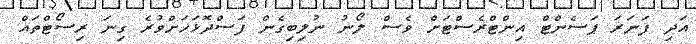
އަދި ފަނަރަ ޕަސެންޓް އިންޓްރެސްޓަށް ވެސް ލޯނު ނުލިބިގެން ފަސްދޮޅަހަށްވުރެ ގިނަ ރިސޯޓްތައް